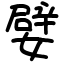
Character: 嬖